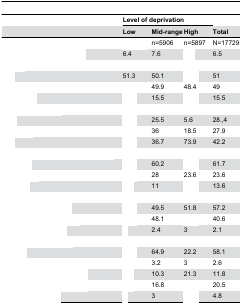
<table><thead><tr><td>[EMPTY_CELL]</td><td colspan="3"><b>Level of deprivation</b></td><td>[EMPTY_CELL]</td></tr><tr><td>[EMPTY_CELL]</td><td><b>Low</b></td><td><b>Mid-range</b></td><td><b>High</b></td><td><b>Total</b></td></tr></thead><tbody><tr><td>[EMPTY_CELL]</td><td>[EMPTY_CELL]</td><td>n=5906</td><td>n=5897</td><td>N=17729</td></tr><tr><td>[EMPTY_CELL]</td><td>6.4</td><td>7.6</td><td>[EMPTY_CELL]</td><td>6.5</td></tr><tr><td>[EMPTY_CELL]</td><td>[EMPTY_CELL]</td><td>[EMPTY_CELL]</td><td>[EMPTY_CELL]</td><td>[EMPTY_CELL]</td></tr><tr><td>[EMPTY_CELL]</td><td>51.3</td><td>50.1</td><td>[EMPTY_CELL]</td><td>51</td></tr><tr><td>[EMPTY_CELL]</td><td>[EMPTY_CELL]</td><td>49.9</td><td>48.4</td><td>49</td></tr><tr><td>[EMPTY_CELL]</td><td>[EMPTY_CELL]</td><td>15.5</td><td>[EMPTY_CELL]</td><td>15.5</td></tr><tr><td>[EMPTY_CELL]</td><td>[EMPTY_CELL]</td><td>[EMPTY_CELL]</td><td>[EMPTY_CELL]</td><td>[EMPTY_CELL]</td></tr><tr><td>[EMPTY_CELL]</td><td>[EMPTY_CELL]</td><td>25.5</td><td>5.6</td><td>28.,4</td></tr><tr><td>[EMPTY_CELL]</td><td>[EMPTY_CELL]</td><td>36</td><td>18.5</td><td>27.9</td></tr><tr><td>[EMPTY_CELL]</td><td>[EMPTY_CELL]</td><td>36.7</td><td>73.9</td><td>42.2</td></tr><tr><td>[EMPTY_CELL]</td><td>[EMPTY_CELL]</td><td>[EMPTY_CELL]</td><td>[EMPTY_CELL]</td><td>[EMPTY_CELL]</td></tr><tr><td>[EMPTY_CELL]</td><td>[EMPTY_CELL]</td><td>60.2</td><td>[EMPTY_CELL]</td><td>61.7</td></tr><tr><td>[EMPTY_CELL]</td><td>[EMPTY_CELL]</td><td>28</td><td>23.6</td><td>23.6</td></tr><tr><td>[EMPTY_CELL]</td><td>[EMPTY_CELL]</td><td>11</td><td>[EMPTY_CELL]</td><td>13.6</td></tr><tr><td>[EMPTY_CELL]</td><td>[EMPTY_CELL]</td><td>[EMPTY_CELL]</td><td>[EMPTY_CELL]</td><td>[EMPTY_CELL]</td></tr><tr><td>[EMPTY_CELL]</td><td>[EMPTY_CELL]</td><td>49.5</td><td>51.8</td><td>57.2</td></tr><tr><td>[EMPTY_CELL]</td><td>[EMPTY_CELL]</td><td>48.1</td><td>[EMPTY_CELL]</td><td>40.6</td></tr><tr><td>[EMPTY_CELL]</td><td>[EMPTY_CELL]</td><td>2.4</td><td>3</td><td>2.1</td></tr><tr><td>[EMPTY_CELL]</td><td>[EMPTY_CELL]</td><td>[EMPTY_CELL]</td><td>[EMPTY_CELL]</td><td>[EMPTY_CELL]</td></tr><tr><td>[EMPTY_CELL]</td><td>[EMPTY_CELL]</td><td>64.9</td><td>22.2</td><td>58.1</td></tr><tr><td>[EMPTY_CELL]</td><td>[EMPTY_CELL]</td><td>3.2</td><td>3</td><td>2.6</td></tr><tr><td>[EMPTY_CELL]</td><td>[EMPTY_CELL]</td><td>10.3</td><td>21.3</td><td>11.8</td></tr><tr><td>[EMPTY_CELL]</td><td>[EMPTY_CELL]</td><td>16.8</td><td>[EMPTY_CELL]</td><td>20.5</td></tr><tr><td>[EMPTY_CELL]</td><td>[EMPTY_CELL]</td><td>3</td><td>[EMPTY_CELL]</td><td>4.8</td></tr></tbody></table>